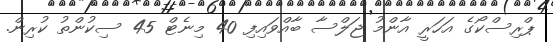
ޕްރިސްކޯގެ އަހަރީ އާންމު ޖަލްސާ ބާއްވައިފި 40 މިނެޓް 45 ސިކުންތު ކުރިން.